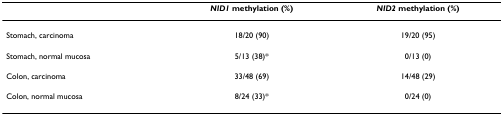
<table><thead><tr><td></td><td><b><i>NID1 </i>methylation (%)</b></td><td><b><i>NID2 </i>methylation (%)</b></td></tr></thead><tbody><tr><td>Stomach, carcinoma</td><td>18/20 (90)</td><td>19/20 (95)</td></tr><tr><td>Stomach, normal mucosa</td><td>5/13 (38)*</td><td>0/13 (0)</td></tr><tr><td>Colon, carcinoma</td><td>33/48 (69)</td><td>14/48 (29)</td></tr><tr><td>Colon, normal mucosa</td><td>8/24 (33)*</td><td>0/24 (0)</td></tr></tbody></table>